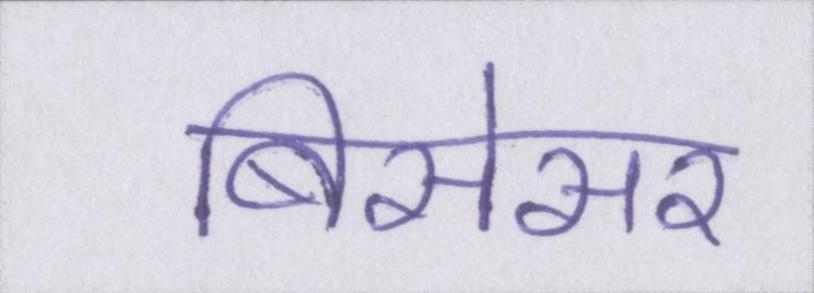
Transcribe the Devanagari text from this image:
बिसेसर